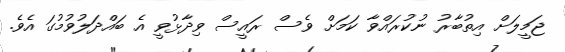
ޖަމީލަށް އިތުބާރު ނުކުރައްވާ ކަމަށް ވެސް ރައީސް ވިދާޅުވީ އެ ބައްދަލުވުމުގަ އެވެ.